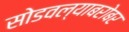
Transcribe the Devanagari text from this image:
सोडवल्याबरोबर